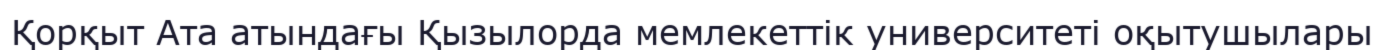
Қорқыт Ата атындағы Қызылорда мемлекеттік университеті оқытушылары